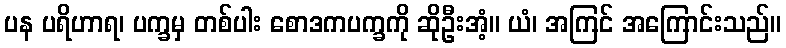
ပန ပရိဟာရ၊ ပက္ခမှ တစ်ပါး စောဒကပက္ခကို ဆိုဦးအံ့။ ယံ၊ အကြင် အကြောင်းသည်။